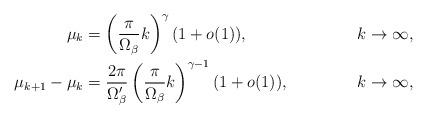
LaTeX: \begin{align*}\mu_k &= \left( \frac{\pi}{\Omega_\beta} k \right)^\gamma(1+o(1)), & k \to \infty, \\\mu_{k+1} - \mu_k & = \frac{2\pi}{\Omega_\beta'} \left(\frac{\pi}{\Omega_\beta} k\right)^{\gamma-1} (1+o(1)), & k \to \infty, \end{align*}